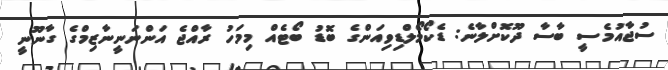
ސުޖާއުމެސީ ބާސާ ދޫކޮށްލާނެ: ޑެކޯމޯލްޑިވިއަންގެ ބޮޑު ބޯޓެއް މިމަހު ރާއްޖެ އަންނަނީނާޒިމްގެ ގާނޫނީ